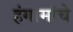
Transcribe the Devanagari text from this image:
हंगामांचे